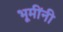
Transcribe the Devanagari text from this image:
भूमींनी